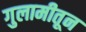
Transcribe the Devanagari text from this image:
गुलामीतून